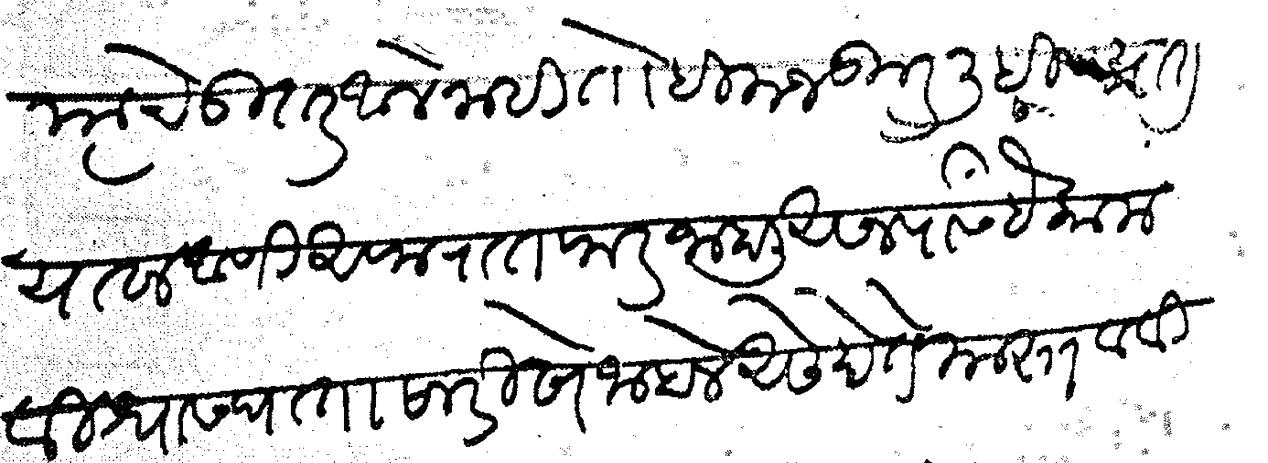
Transliteration (Devanagari): त्याचे उतर आले नाही तोही मजकूर लिहिण्यात यावा आणि अफरातफर जाहाली असल्यास हे काम विश्वासघातासारिखे जाहाले असे होते यास्तव विज्ञापना